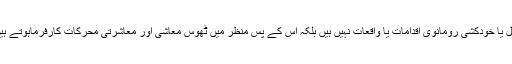
قتل یا خودکشی رومانوی اقدامات یا واقعات نہیں ہیں بلکہ اس کے پس منظر میں ٹھوس معاشی اور معاشرتی محرکات کارفرماہوتے ہیں۔